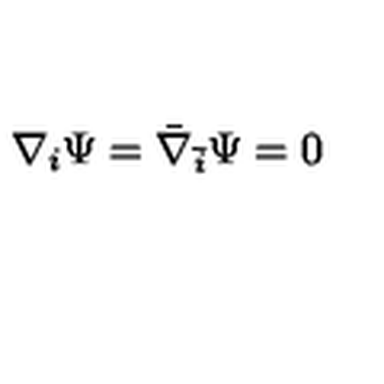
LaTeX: \nabla _ { i } \Psi = { \bar { \nabla } } _ { \bar { i } } \Psi = 0